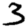
Digit: 3